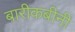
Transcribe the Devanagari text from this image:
बारीकबीनी